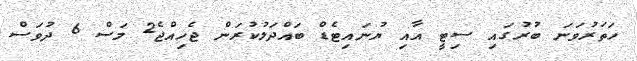
ހަތަރުވަނަ ބުރުގައި ސިޓީ އާއި ޔުނައިޓެޑް ބައްދަލުކުރަން ޖެހިއްޖެ2 މަސް 6 ދުވަސް